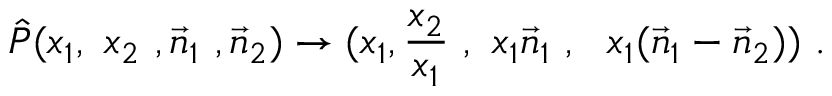
\hat { P } ( x _ { 1 } , \ x _ { 2 } \ , \vec { n } _ { 1 } \ , \vec { n } _ { 2 } ) \rightarrow ( x _ { 1 } , \- \frac { x _ { 2 } } { x _ { 1 } } \ , \ x _ { 1 } \vec { n } _ { 1 } \ , \ \ x _ { 1 } ( \vec { n } _ { 1 } - \vec { n } _ { 2 } ) ) \ .